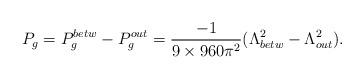
LaTeX: \begin{align*}P_{g}=P^{betw}_{g}-P^{out}_{g}=\frac{-1}{9\times 960\pi^{2}} (\Lambda_{betw}^{2}-\Lambda_{out}^{2}).\end{align*}